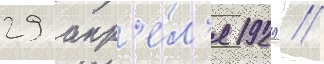
29 апр'е́л'я 1929 /